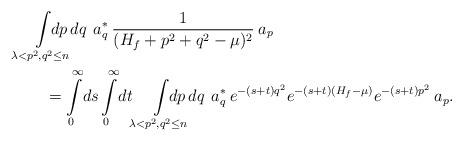
LaTeX: \begin{align*} &\int\limits_{\lambda<p^2, q^2 \leq n} \!\!\!\!\!\!\!\!\! dp \, dq \,\: a_q^* \: \frac{1}{(H_f + p^2 + q^2 - \mu)^2} \: a_p \\ & \qquad= \int\limits_0^\infty \! ds \int\limits_0^\infty \! dt \! \int\limits_{\lambda<p^2, q^2 \leq n} \!\!\!\!\!\!\!\!\! dp \, dq \, \: a_q^* \: e^{-(s+t)q^2} e^{-(s+t)(H_f - \mu)} e^{-(s+t)p^2} \: a_p.\end{align*}